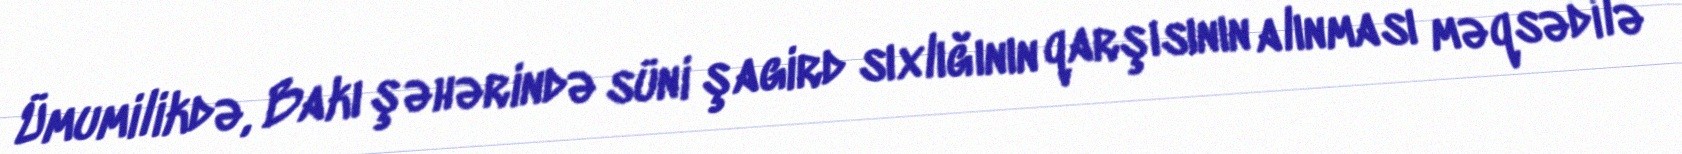
Ümumilikdə, Bakı şəhərində süni şagird sıxlığının qarşısının alınması məqsədilə